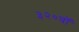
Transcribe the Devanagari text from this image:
३२०वॉ